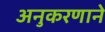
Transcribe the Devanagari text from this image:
अनुकरणाने